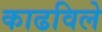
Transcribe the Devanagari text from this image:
काढविले